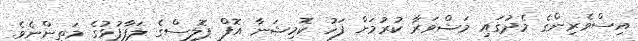
އިސްވެރިންގެ މެދުގައި މަޝްވަރާ ކުރުމަށް ފަހު ކޮމިޝަނާ އޮފް ޕޮލިސްގެ ލަފާފުޅުގެ މަތިންނެވެ.